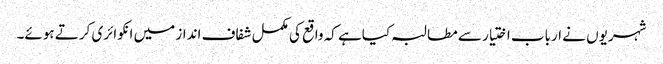
شہریوں نے ارباب اختیار سے مطالبہ کیاہے کہ واقع کی مکمل شفاف انداز میں انکوائری کرتے ہوئے۔